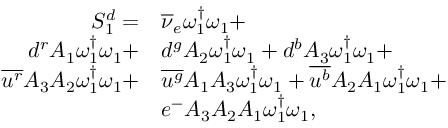
\begin{array} { r l } { S _ { 1 } ^ { d } = } & { { \overline { { \nu } } _ { e } } \omega _ { 1 } ^ { \dagger } \omega _ { 1 } + } \\ { { d } ^ { r } { A _ { 1 } } \omega _ { 1 } ^ { \dagger } \omega _ { 1 } + } & { { d } ^ { g } { A _ { 2 } } \omega _ { 1 } ^ { \dagger } \omega _ { 1 } + { d } ^ { b } { A _ { 3 } } \omega _ { 1 } ^ { \dagger } \omega _ { 1 } + } \\ { \overline { { u ^ { r } } } { A _ { 3 } } { A _ { 2 } } \omega _ { 1 } ^ { \dagger } \omega _ { 1 } + } & { \overline { { u ^ { g } } } { A _ { 1 } } { A _ { 3 } } \omega _ { 1 } ^ { \dagger } \omega _ { 1 } + \overline { { u ^ { b } } } { A _ { 2 } } { A _ { 1 } } \omega _ { 1 } ^ { \dagger } \omega _ { 1 } + } \\ & { e ^ { - } { A _ { 3 } } { A _ { 2 } } { A _ { 1 } } \omega _ { 1 } ^ { \dagger } \omega _ { 1 } , } \end{array}